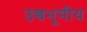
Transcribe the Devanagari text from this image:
उच्चभूमीय